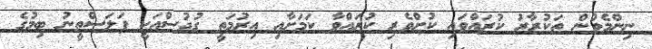
ނިންމެވުން ތަކުރާރު ކުރައްވައި ކުށްވެރި ކުރައްވާ ކަމަށާއި އިރުމަތީ ގުދުސްއަކީ ފަލަސްތީނު ބިމުގެ